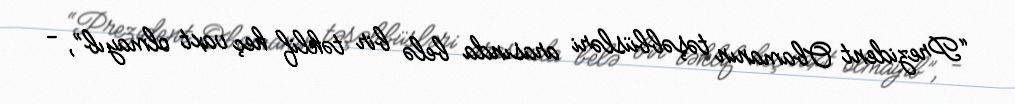
“Prezident Obamanın təşəbbüsləri arasında belə bir təklif heç vaxt olmayıb”, -